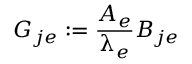
G _ { j e } : = \frac { A _ { e } } { \uplambda _ { e } } B _ { j e }